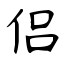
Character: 侣